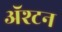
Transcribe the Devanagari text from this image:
ॲश्टन